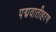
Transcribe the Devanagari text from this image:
पद्मवातीहरण